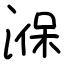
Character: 湺